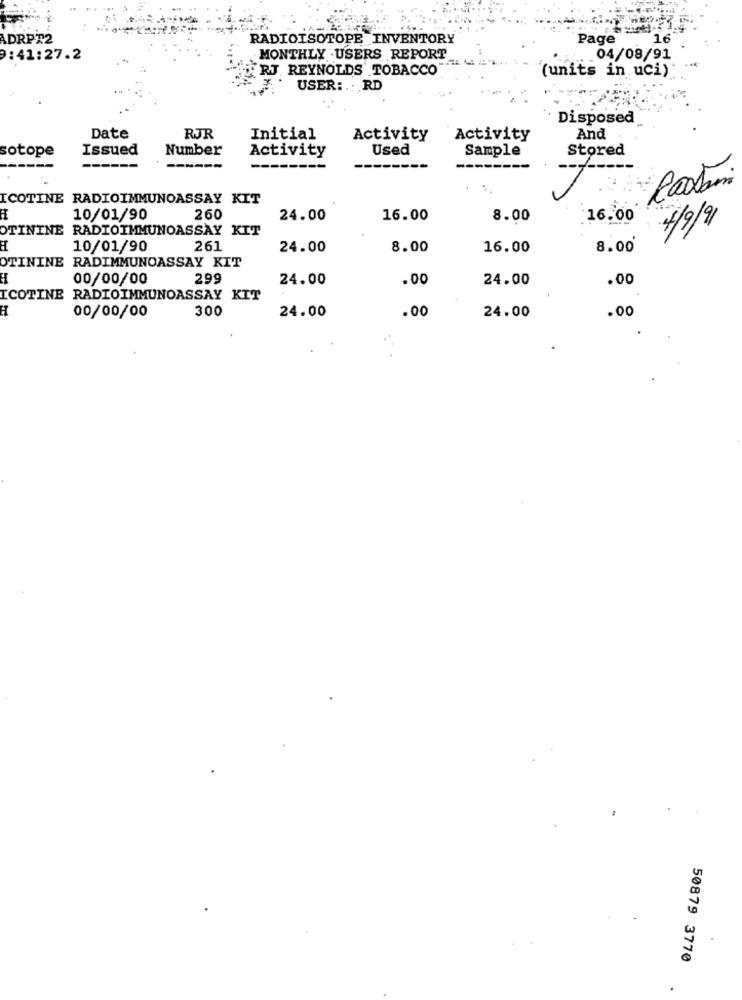
ADRPT2
RADIOISOTOPE INVENTORY
Page"
16
9:41:27.2
MONTHLY .USERS REPORT
04/08/91
FRJ. REYNOLDS' TOBACCO
(units in uci)
USER :.. RD
Disposed
Date
RJR
Initial
Activity
Activity
And
sotope
Issued
Number
Activity
Used
Sample
Stored
-----
----
ICOTINE RADIOIMMUNOASSAY KIT
10/01/90
260
24.00
16.00
8.00
16.00
4/9/9
OTININE RADIOIMMUNOASSAY KIT
10/01/90
261
24.00
8.00
16.00
8.00*
OTININE RADIMMUNOASSAY KIT
00/00/00
299
24.00
.00
24.00
.00
ICOTINE RADIOIMMUNOASSAY KIT
300
24.00
.00
24.00
.00
00/00/00
50879 3770
.